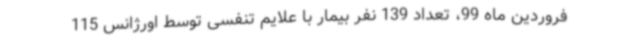
فروردین ماه 99، تعداد 139 نفر بیمار با علایم تنفسی توسط اورژانس 115